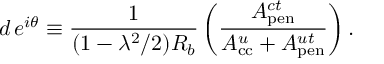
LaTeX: d \, e ^ { i \theta } \equiv \frac { 1 } { ( 1 - \lambda ^ { 2 } / 2 ) R _ { b } } \left( \frac { A _ { \mathrm { p e n } } ^ { c t } } { A _ { \mathrm { c c } } ^ { u } + A _ { \mathrm { p e n } } ^ { u t } } \right) .